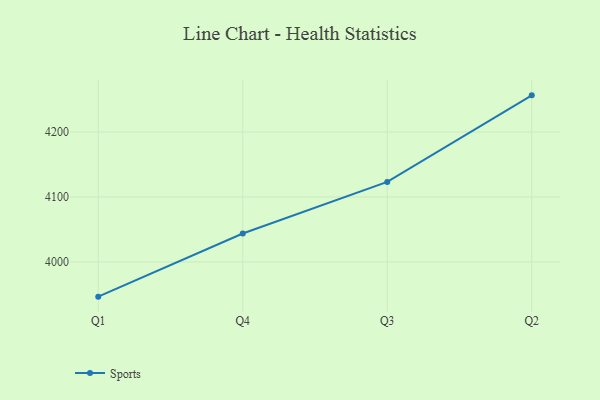
{"axis": {"x": "Quarter", "y": "Revenue (USD Million)"}, "legend": ["Sports"], "data": [{"x": "Q1", "y": 3946.6, "type": "Sports"}, {"x": "Q4", "y": 4043.8, "type": "Sports"}, {"x": "Q3", "y": 4123.2, "type": "Sports"}, {"x": "Q2", "y": 4256.4, "type": "Sports"}]}